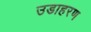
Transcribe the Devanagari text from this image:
उडाहरण